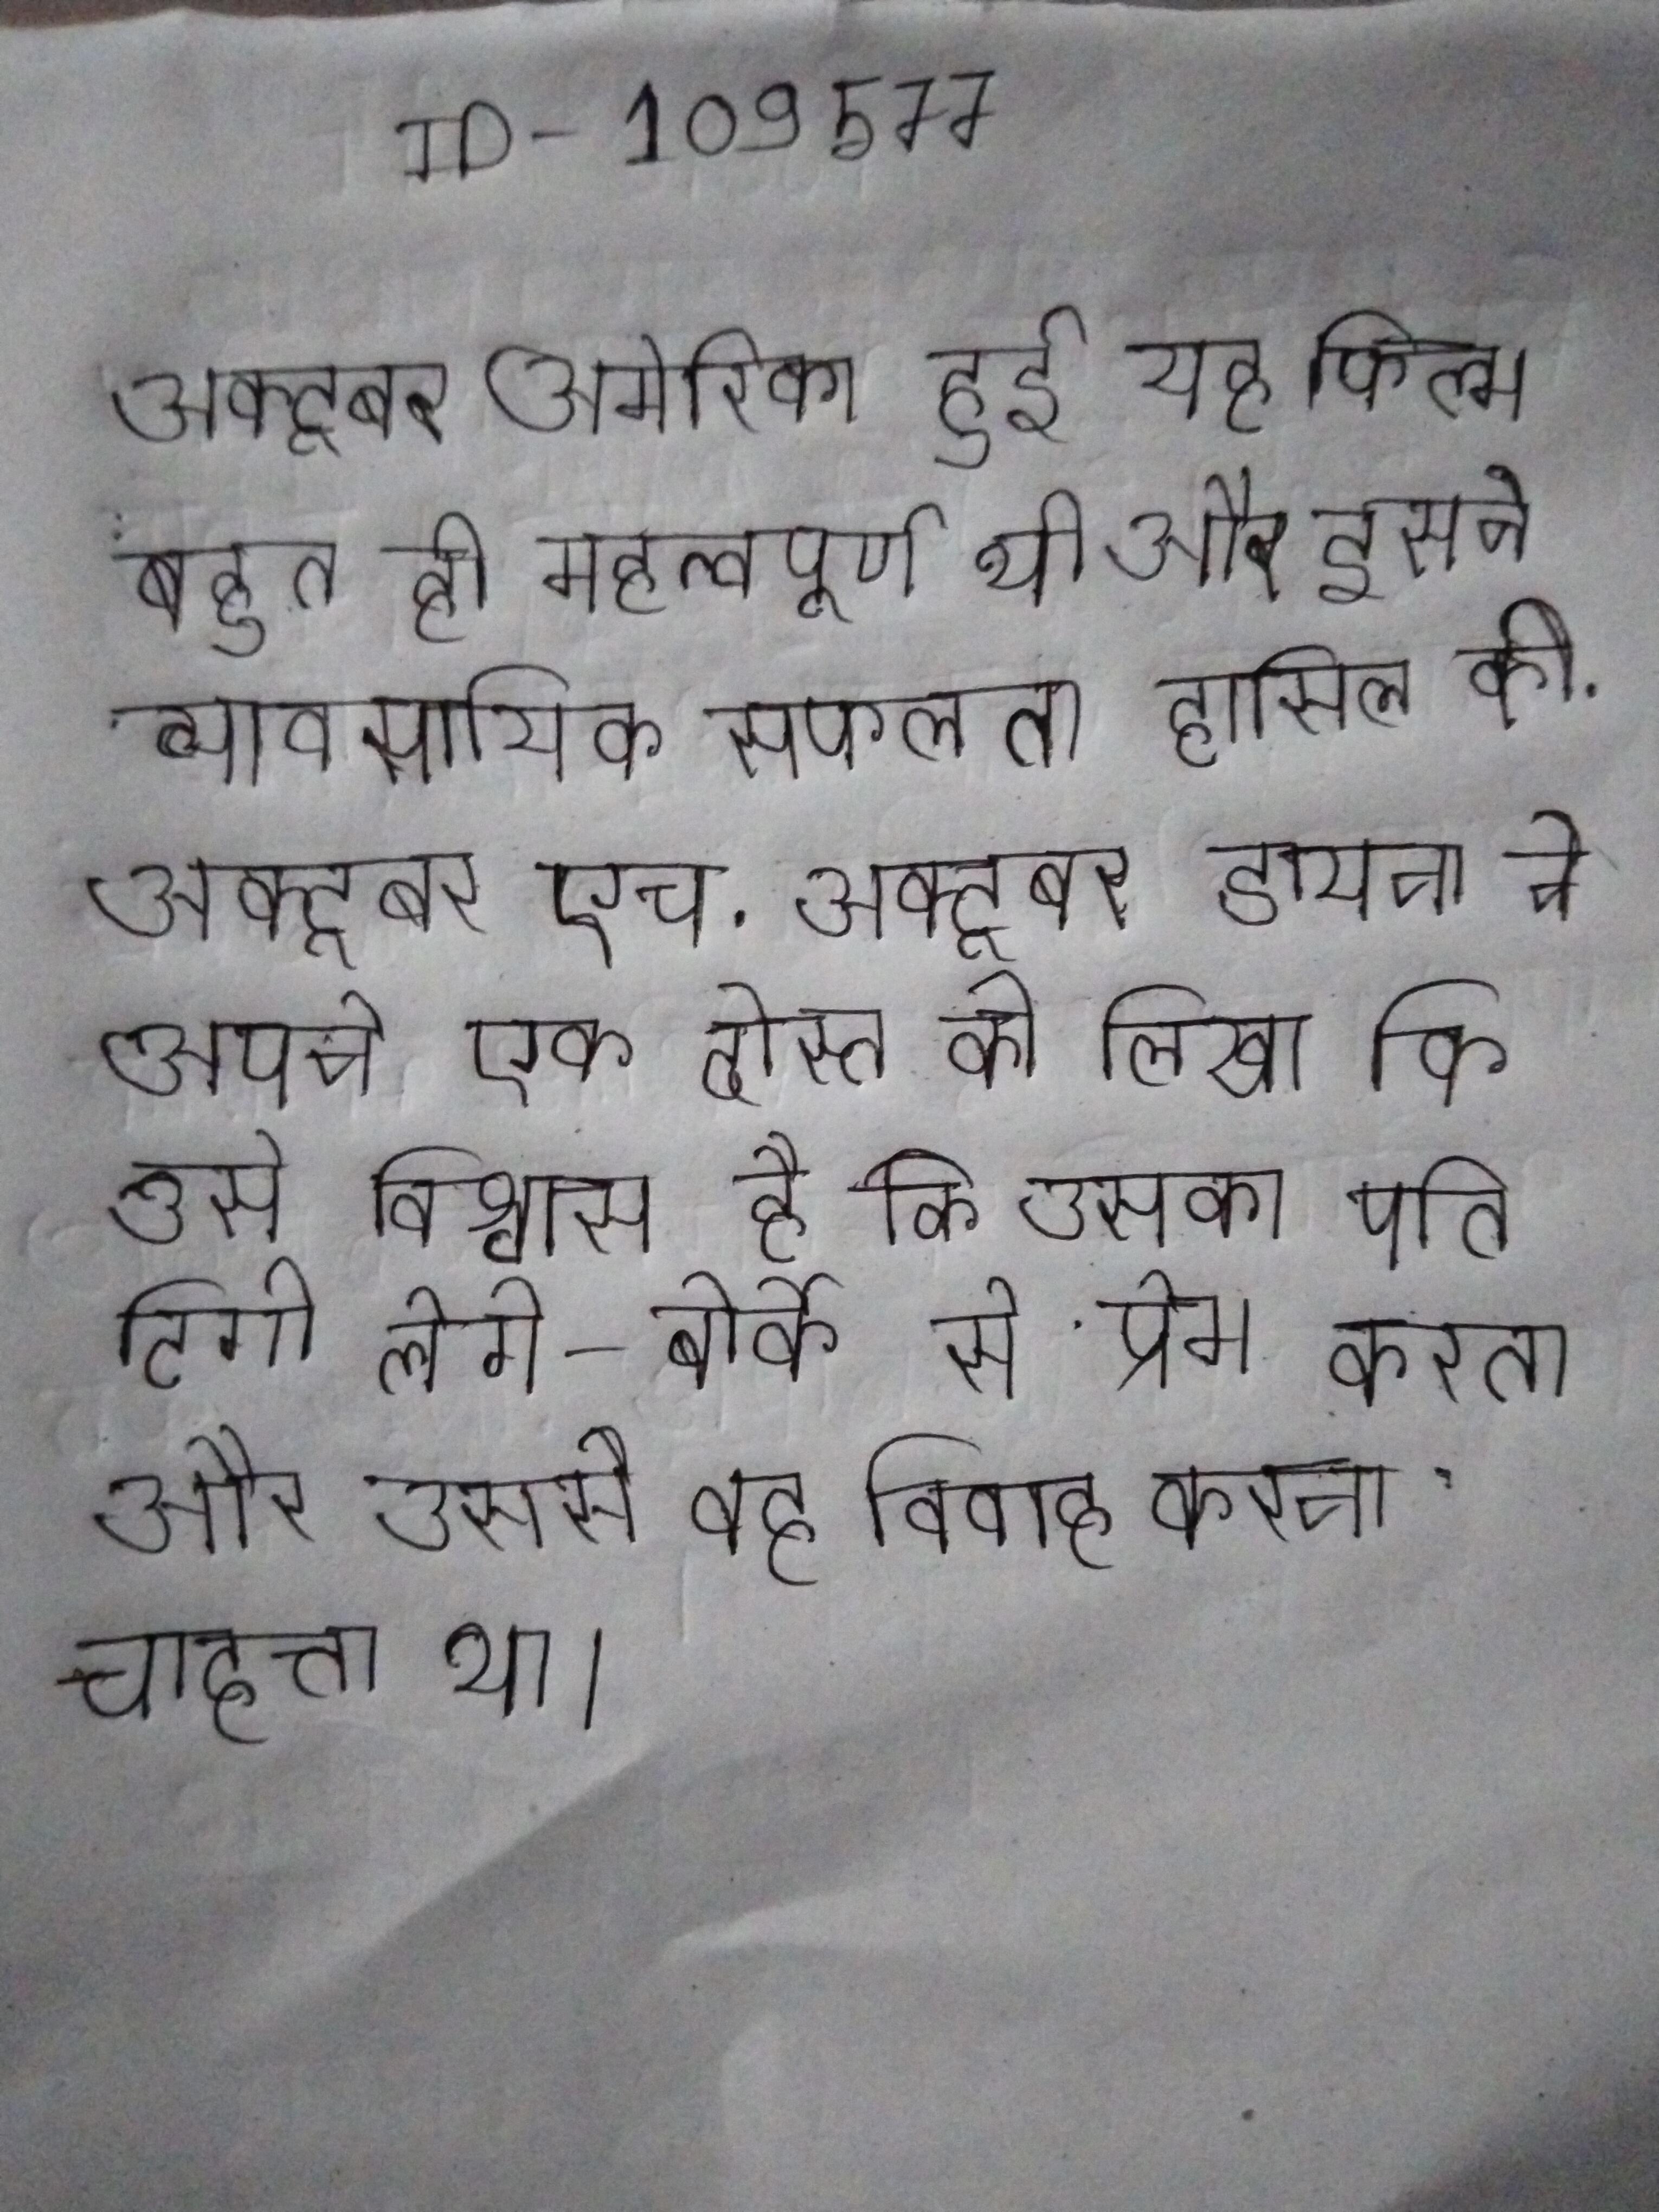
अक्टूबर अमेरिका हुई यह फिल्म बहुत ही महत्वपूर्ण थी और इसने व्यावसायिक सफलता हासिल की . अक्टूबर एच . अक्टूबर डायना ने अपने एक दोस्त को लिखा कि उसे विश्वास है कि उसका पति टिगी लेगे-बोर्के से प्रेम करता और उससे वह विवाह करना चाहता था ।